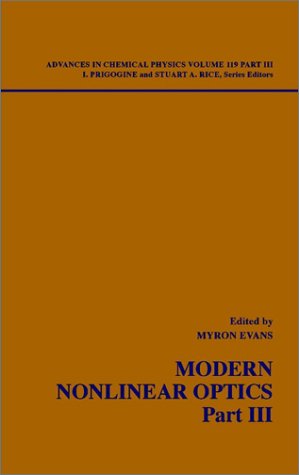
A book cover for Advances in Chemical Physics: Modern Nonlinear Optics, Volume 119, Part 3, 2nd Edition; Science & Math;